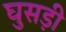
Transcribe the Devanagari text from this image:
घुसड़ी